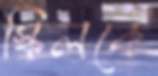
স্কিলকে